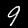
Label: 9